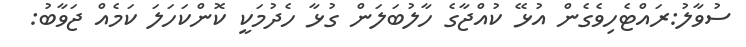
ސުވާލު:ރައްޓެހިވެގެން އުޅޭ ކުއްޖާގެ ހާލުބަލަން ގުޅާ ހެދުމަކީ ކޮންކަހަލަ ކަމެއް ޖަވާބު: